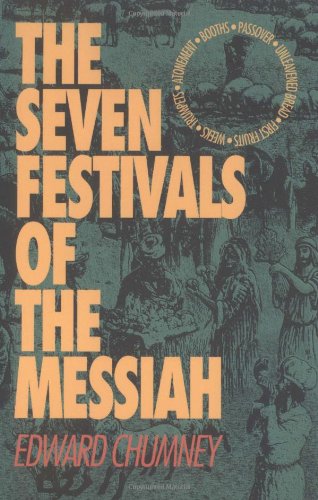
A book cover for The Seven Festivals of the Messiah; Edward Chumney; Politics & Social Sciences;